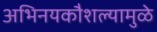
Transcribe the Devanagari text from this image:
अभिनयकौशल्यामुळे